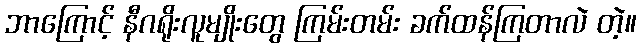
ဘာကြောင့် နီဂရိုးလူမျိုးတွေ ကြမ်းတမ်း ခက်ထန်ကြတာလဲ တဲ့။